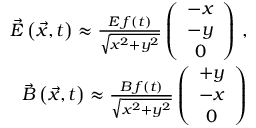
\begin{array} { r l r } & { } & { \vec { E } \left( \vec { x } , t \right) \approx \frac { E \, f ( t ) } { \sqrt { x ^ { 2 } + y ^ { 2 } } } \left( \begin{array} { c } { - x } \\ { - y } \\ { 0 } \end{array} \right) \, , } \\ & { } & { \vec { B } \left( \vec { x } , t \right) \approx \frac { B \, f ( t ) } { \sqrt { x ^ { 2 } + y ^ { 2 } } } \left( \begin{array} { c } { + y } \\ { - x } \\ { 0 } \end{array} \right) } \end{array}